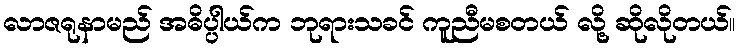
လာဇရုနာမည် အဓိပ္ပါယ်က ဘုရားသခင် ကူညီမစတယ် လို့ ဆိုလိုတယ်။